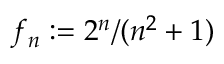
f _ { n } : = 2 ^ { n } / ( n ^ { 2 } + 1 )